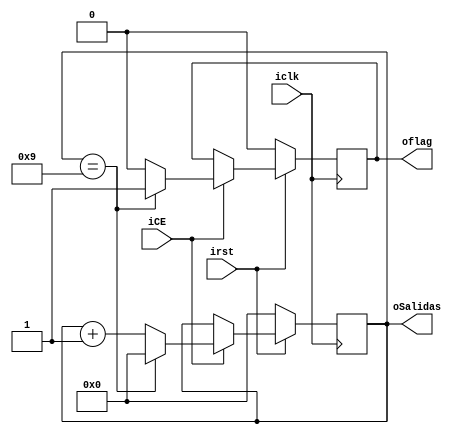
module Count #(parameter N=4)(
input iclk,
input irst,
input iCE,
output [N-1:0] oSalidas,
output oflag
);


reg[N-1:0] rCount_D;
reg[N-1:0] rCount_Q;
reg rflag_Q = 1'd0;
reg rflag_D = 1'd0;

assign oSalidas = rCount_Q;
assign oflag = rflag_Q; 


always @(posedge iclk)
begin
 if (!irst)
  begin
    rCount_Q <= 4'd0;
	 rflag_Q <= 1'd0; 
   end
	else if (iCE)
	  begin
	    rCount_Q <= rCount_D;
		 rflag_Q <= rflag_D; 
	  end
	  else
	  begin
	    rCount_Q <= rCount_Q; //nothing to do
		 rflag_Q <= rflag_Q; 
	  end
end

always @ *
	begin
	 if (rCount_Q == 4'd9)
	 begin
		rCount_D = 4'd0;
		rflag_D = 1'd1; 
	 end
	 else
	 begin
		rCount_D = rCount_Q + 1'd1;
		rflag_D = 1'd0; 
	 end
	end


endmodule 
/*always @(posedge iclk or negedge  irst)
	 begin
	 	if(!irst)
		begin
		
			cont0 = 0;
			cont1 = 0;
			cont2 = 0;
			cont3 = 0;
		
		end
		else
			
			if(cont0 < 4'b1001)
			
				cont0 = cont0 + 1; // contador de unidades
				
			else
			begin
			
				cont0 = 0;
				
				if(cont1 < 4'b1001)
				
					cont1 = cont1 + 1;// contador de decenas
					
				else
				begin
				
					cont1 = 0;
					
					if(cont2 < 4'b1001)
					
						cont2 = cont2 + 1;//contador de centenas
						
					else
					begin
					
						cont2 = 0;
						
							if(cont3 < 4'b1001)
					
								cont3 = cont3 + 1; //contador de miles
						
							else
							
								cont3 = 0;
					
					end
				
				end
			
			end
	 
	 end


endmodule*/